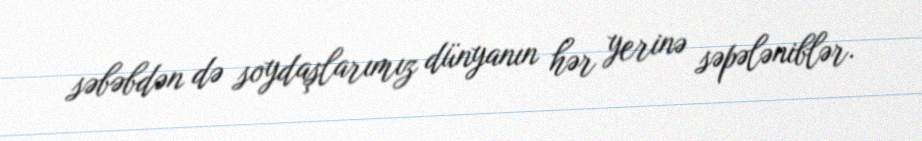
səbəbdən də soydaşlarımız dünyanın hər yerinə səpələniblər.